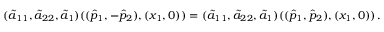
( \tilde { a } _ { 1 1 } , \tilde { a } _ { 2 2 } , \tilde { a } _ { 1 } ) ( ( \hat { p } _ { 1 } , - \hat { p } _ { 2 } ) , ( x _ { 1 } , 0 ) ) = ( \tilde { a } _ { 1 1 } , \tilde { a } _ { 2 2 } , \tilde { a } _ { 1 } ) ( ( \hat { p } _ { 1 } , \hat { p } _ { 2 } ) , ( x _ { 1 } , 0 ) ) \, .